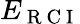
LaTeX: E_{\mathrm{~R~C~I~}}